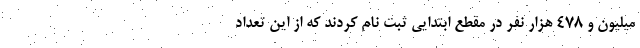
میلیون و ۴۷۸ هزار نفر در مقطع ابتدایی ثبت نام کردند که از این تعداد